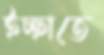
ইচ্ছাতে